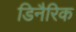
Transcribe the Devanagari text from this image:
डिनैरिक